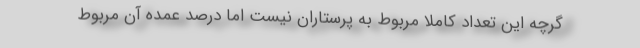
گرچه این تعداد کاملا مربوط به پرستاران نیست اما درصد عمده آن مربوط